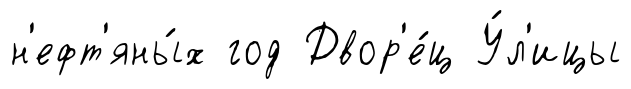
н'ефт'яны́х год Двор'е́ц У́л'ицы